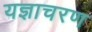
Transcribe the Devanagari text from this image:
यज्ञाचरण